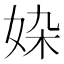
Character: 𡜉